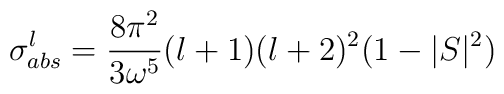
\sigma^l_{abs}=\frac{8\pi^2}{3{\omega}^5}(l+1)(l+2)^2(1-|S|^2)